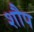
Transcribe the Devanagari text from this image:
शौप